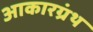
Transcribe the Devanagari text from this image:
आकारग्रंथ